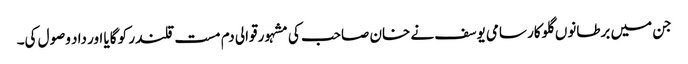
جن میں برطانوں گلوکار سامی یوسف نے خان صاحب کی مشہور قوالی دم مست قلندر کو گایا اور داد وصول کی۔